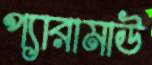
প্যারামাউ